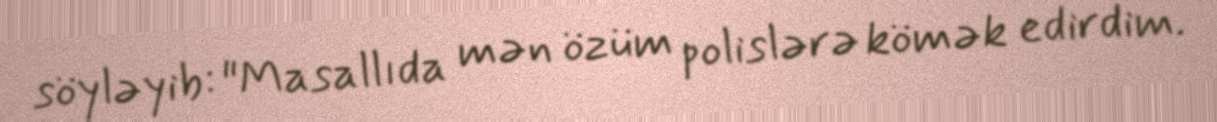
söyləyib: "Masallıda mən özüm polislərə kömək edirdim.